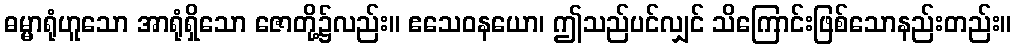
ဓမ္မာရုံဟူသော အာရုံရှိသော ဇောတို့၌လည်း။ ဧသေဝနယော၊ ဤသည်ပင်လျှင် သိကြောင်းဖြစ်သောနည်းတည်း။